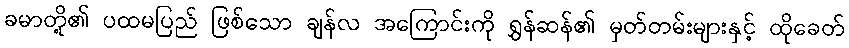
ခမာတို့၏ ပထမပြည် ဖြစ်သော ချန်လ အကြောင်းကို ရွှန်ဆန်၏ မှတ်တမ်းများနှင့် ထိုခေတ်